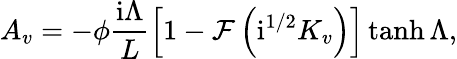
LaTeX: A_{v}=-\phi\frac{\mathrm{i}\Lambda}{L}\left[1-\mathcal{F}\left(\mathrm{i}^{1/2}K_{v}\right)\right]\operatorname{tanh}{\Lambda},